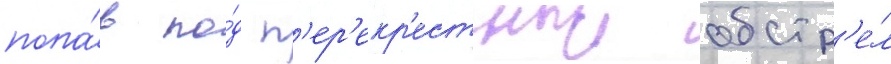
попа́в по́д п'ер'екр'естныи обстр'е́л